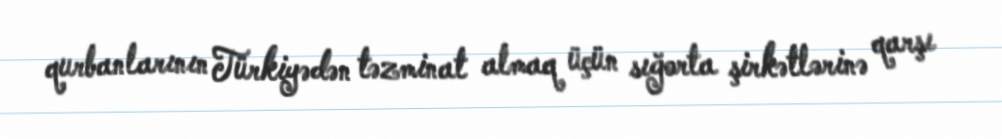
qurbanlarının Türkiyədən təzminat almaq üçün sığorta şirkətlərinə qarşı